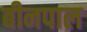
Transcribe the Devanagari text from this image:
बीनपाल